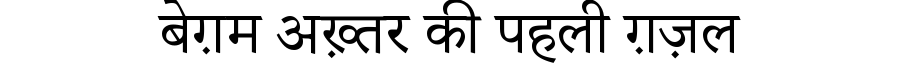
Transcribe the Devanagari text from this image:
बेग़म अख़्तर की पहली ग़ज़ल